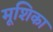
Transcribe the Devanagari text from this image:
मूशिका